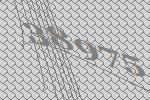
38975